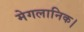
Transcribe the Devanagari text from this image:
मेगलानिक।